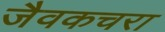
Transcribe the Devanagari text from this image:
जैवकचरा